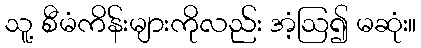
သူ့ စီမံကိန်းများကိုလည်း အံ့ဩ၍ မဆုံး။